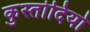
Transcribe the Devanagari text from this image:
कुस्तोदियो